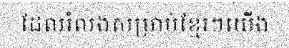
ដែលរំលងសម្រាប់ខ្មែរៗយើង